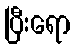
ပြီးရော